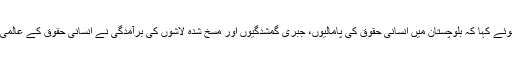
وی بی ایم پی کے رہنماء ماما قدیر بلوچ نے وفود سے گفتگو کرتے ہوئے کہا کہ بلوچستان میں انسانی حقوق کی پامالیوں، جبری گمشدگیوں اور مسخ شدہ لاشوں کی برآمدگی نے انسانی حقوق کے عالمی تنظیموں سمیت اقوام متحدہ، یورپی یونین اور کینیڈا کو متوجہ کیا ہے۔